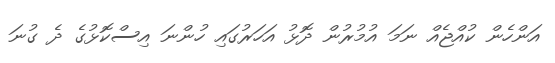
އަންހެން ކުއްޖެއް ނަމަ އުމުރުން ދޮޅު އަަހަރުގައި ހުންނަ އިސްކޮޅުގެ ދެ ގުނަ